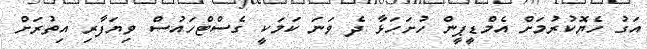
އަގު ހެޔޮކުރުމަށް އެމްޑީޕީން ހުށަހަޅާ ދެ ވަނަ ކަމަކީ ގެސްޓްހައުސް ވިޔަފާރި އިތުރަށް